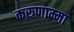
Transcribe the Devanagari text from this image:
करुणाम्मा